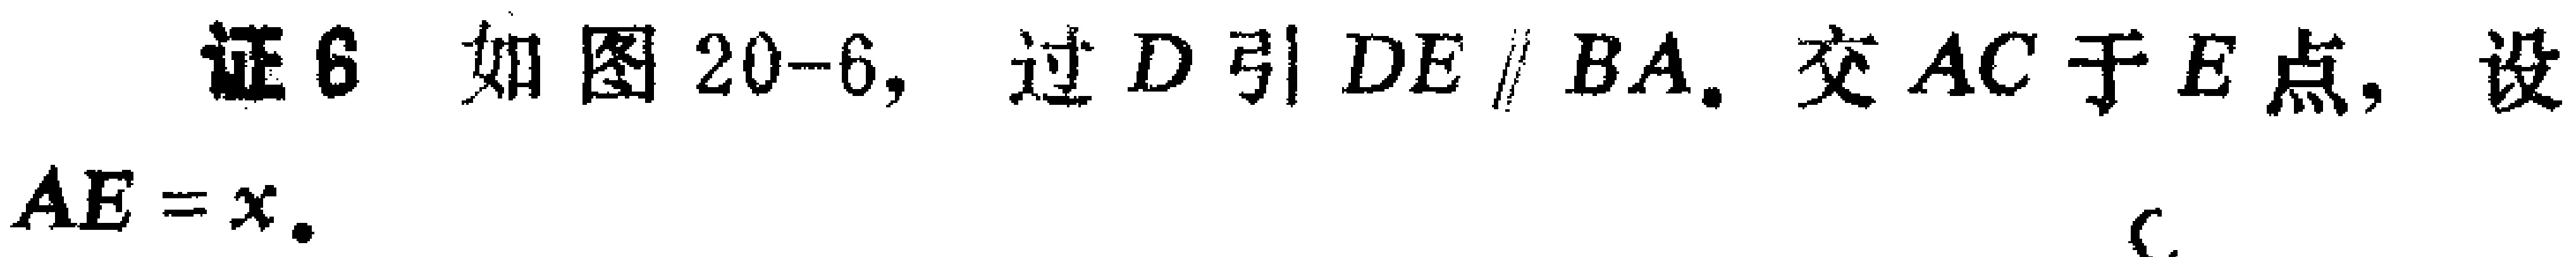
证6 如图20-6，过\(D\)引\(DE\parallel BA\)，交\(AC\)于\(E\)点，设\(AE = x\).